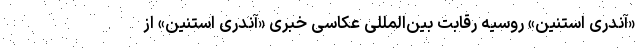
«آندری استنین» روسیه رقابت بین‌المللی عکاسی خبری «آندری استنین» از